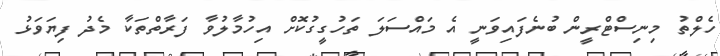
ހެލްތު މިނިސްޓްރީން ބުނެފައިވަނީ އެ މައްސަލަ ތަހުގީގުކޮށް އިހުމާލުވާ ފަރާތްތަކާ މެދު ފިޔަވަޅު